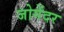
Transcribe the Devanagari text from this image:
जोगेंदर